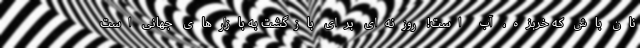
نان باش که خربزه، آب است! روزنه‌ای برای بازگشت به بازارهای جهانی است